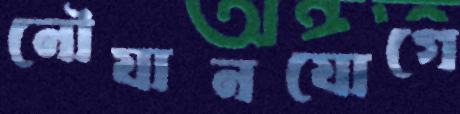
নৌযানযোগে